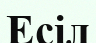
Есіл